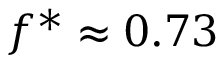
f ^ { * } \approx 0 . 7 3